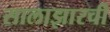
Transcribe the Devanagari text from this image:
सालाझारची